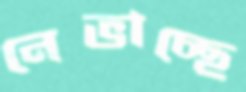
নেভাচ্ছে